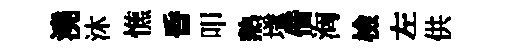
澆沐憔昏叩熱𡑞偕洶檢左供